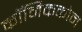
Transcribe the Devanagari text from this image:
कॉमिककोन